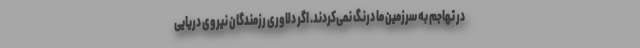
در تهاجم به سرزمین ما درنگ نمی‌کردند. اگر دلاوری رزمندگان نیروی دریایی